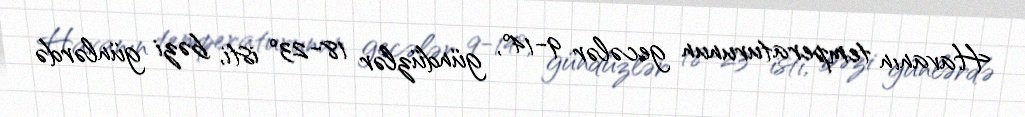
Havanın temperaturunun gecələr 9-14°, gündüzlər 18-23° isti, bəzi günlərdə